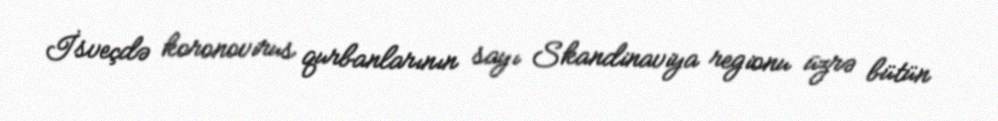
İsveçdə koronovirus qurbanlarının sayı Skandinaviya regionu üzrə bütün